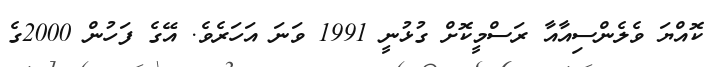
ކޮއްޔަ ވެލެންސިއާއާ ރަސްމީކޮށް ގުޅުނީ 1991 ވަނަ އަހަރެވެ. އޭގެ ފަހުން 2000ގެ